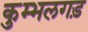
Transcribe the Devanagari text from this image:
कुम्भलगड़